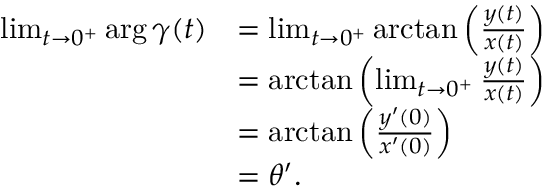
\begin{array} { r l } { \operatorname* { l i m } _ { t \to 0 ^ { + } } \arg { \gamma ( t ) } } & { = \operatorname* { l i m } _ { t \to 0 ^ { + } } \arctan \left( \frac { y ( t ) } { x ( t ) } \right) } \\ & { = \arctan \left( \operatorname* { l i m } _ { t \to 0 ^ { + } } \frac { y ( t ) } { x ( t ) } \right) } \\ & { = \arctan \left( \frac { y ^ { \prime } ( 0 ) } { x ^ { \prime } ( 0 ) } \right) } \\ & { = \theta ^ { \prime } . } \end{array}